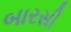
બારસી